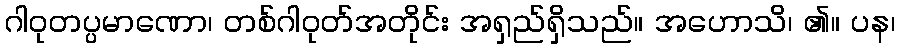
ဂါဝုတပ္ပမာဏော၊ တစ်ဂါဝုတ်အတိုင်း အရှည်ရှိသည်။ အဟောသိ၊ ၏။ ပန၊